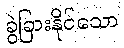
ခွဲခြားနိုင်သော